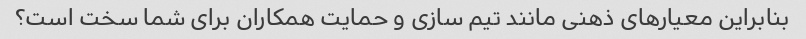
بنابراین معیارهای ذهنی مانند تیم سازی و حمایت همکاران برای شما سخت است؟